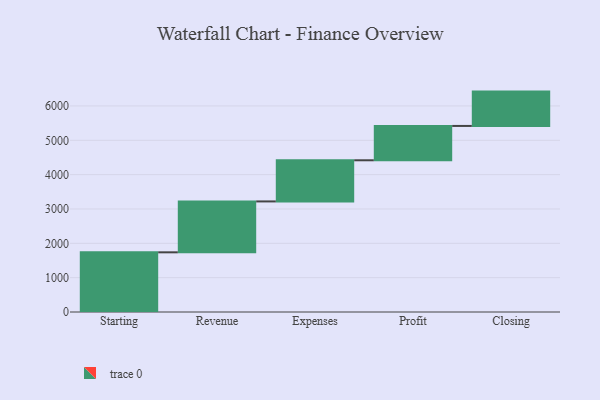
{"axis": {"x": "Step", "y": "Value"}, "legend": [""], "data": [{"x": "Starting", "y": 1738.0, "type": ""}, {"x": "Revenue", "y": 1482.0, "type": ""}, {"x": "Expenses", "y": 1198.0, "type": ""}, {"x": "Profit", "y": 1000, "type": ""}, {"x": "Closing", "y": 1000, "type": ""}]}